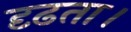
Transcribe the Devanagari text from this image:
दृढता।